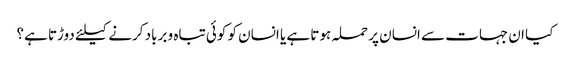
کیا ان جہات سے انسان پر حملہ ہوتا ہے یا انسان کو کوئی تباہ و برباد کرنے کیلئے دوڑتا ہے؟